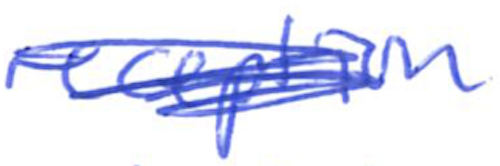
Text: reception
Cross-out: scratch
Writing tool: ballpoint